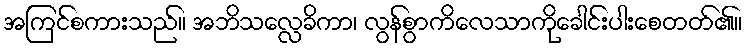
အကြင်စကားသည်။ အဘိသလ္လေခိကာ၊ လွန်စွာကိလေသာကိုခေါင်းပါးစေတတ်၏။